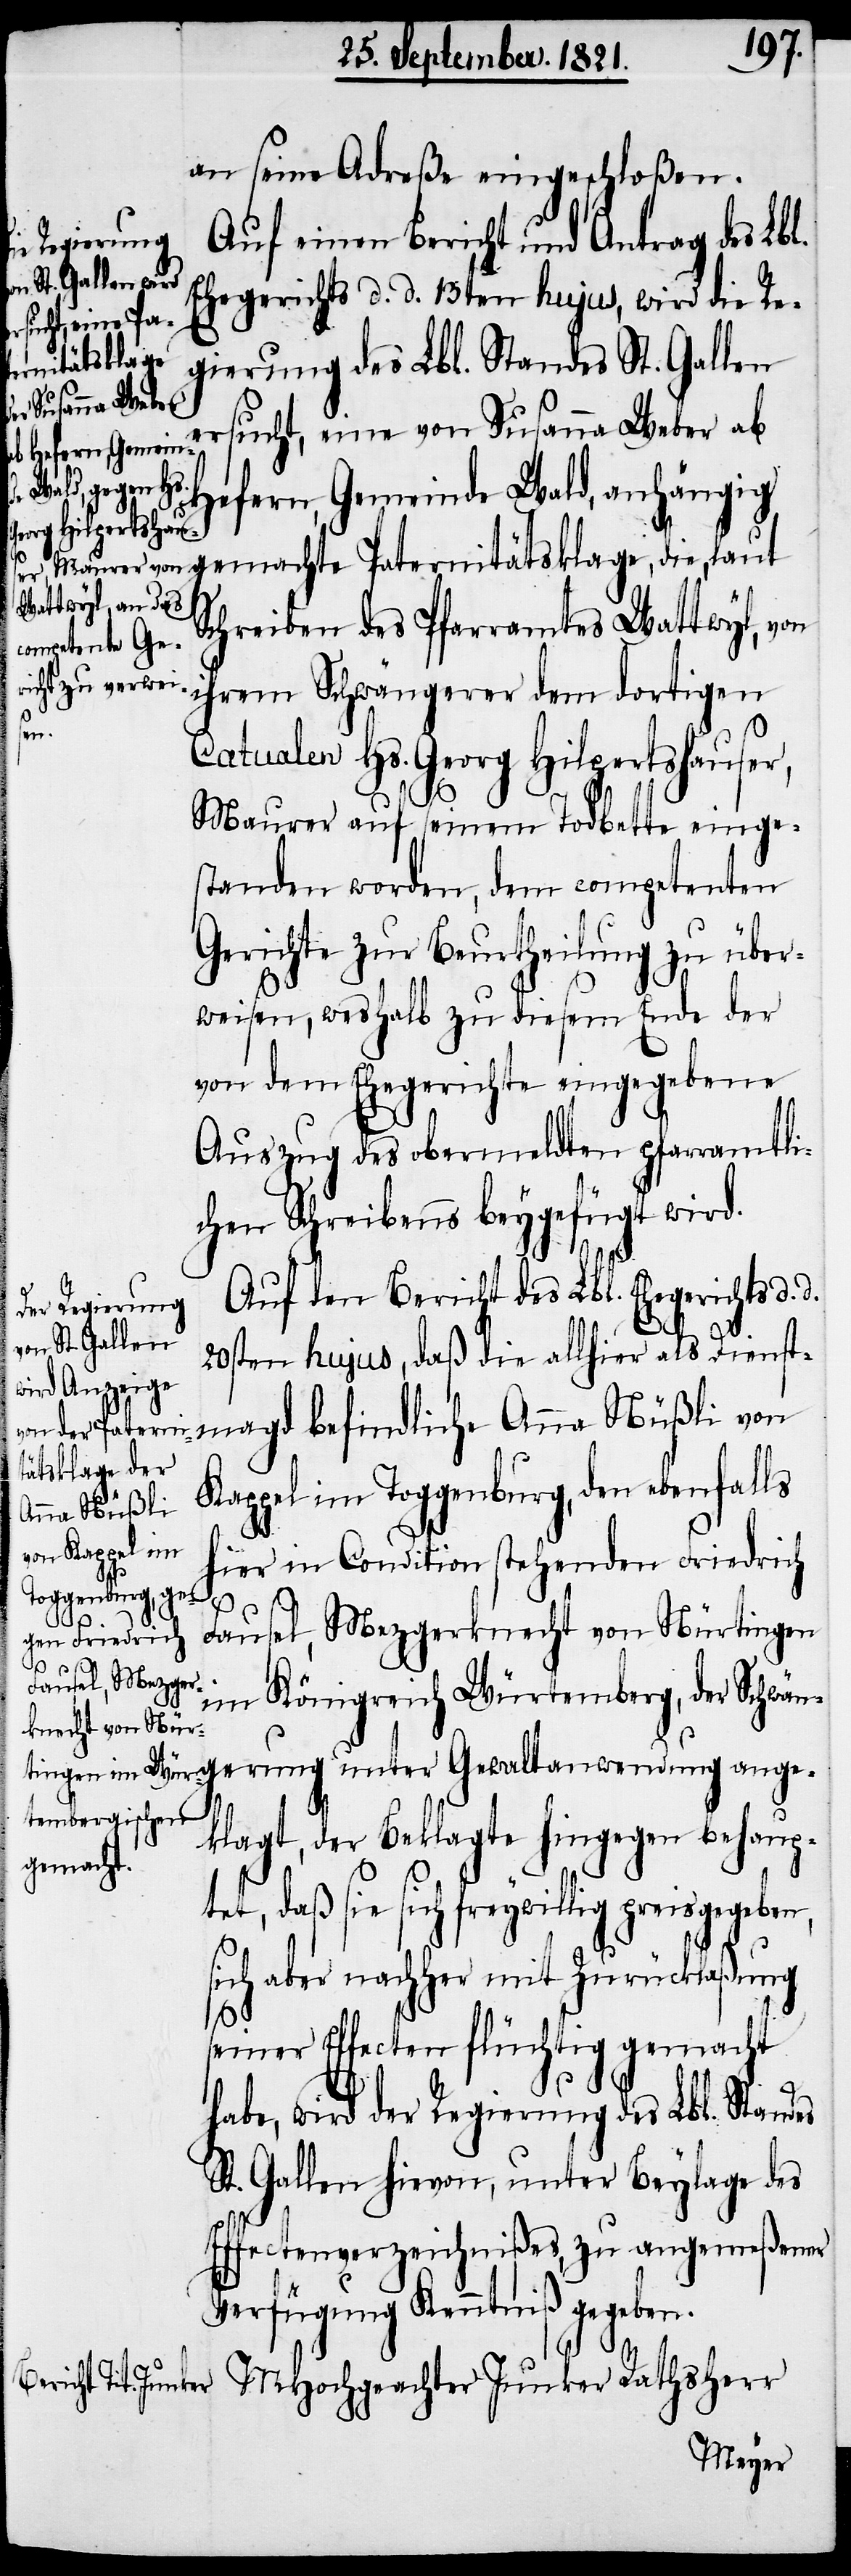
an seine Adreße eingeschloßen.
Auf einen Bericht und Antrag des Lbl.
gerung
Ehegerichts d. d. 13ten hujus, wird die Re¬
ternitätsklage,
gierung des Lbl. Standes St. Gallen
ersucht, eine von Susanna Weber ab
nwendung ange¬
Hefern, Gemeinde Wald, anhängig
Schreiben des Pfarramtes Wattwyl, von
ihrem Schwängerer dem dortigen
Pa¬
Catualen Hs. Georg Hilpertshauser,
Maurer auf seinem Todbette einge¬
standen worden, dem competenten
Gerichte zur Beurtheilung zu über¬
weisen, weshalb zu diesem Ende der
von dem Ehegerichte eingegebene
Auszug des obermeldten pfarramtli¬
chen Schreibens beygefügt wird.
Auf den Bericht des Lbl. Ehegerichts d.
20sten hujus, daß die allhier als Dienst¬
magd befindliche Anna Nüßli von
Kappel im Toggenburg, den ebenfalls
hier in Condition stehenden Friedrich
Fausel, Mezgerknecht von Nürtingen
d.
im Königreich Würtemberg, der Schwän¬
klagt, der Beklagte hingegen behaup¬
gemachte
tet, daß sie sich freywillig preisgegeben,
sich aber nachher mit Zurücklaßung
seiner Effecten flüchtig gemacht
habe, wird der Regierung des Lbl. Standes
St. Gallen hievon, unter Beylage des
Effectenverzeichnißes, zu angemeßener
Verfügung Kenntniß gegeben.
MHochgeachter Junker Rathsherr